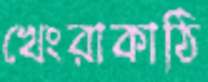
খেংরাকাঠি